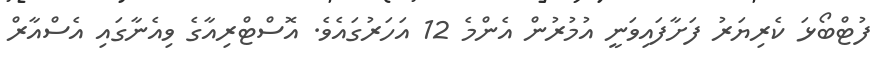
ފުޓްބޯޅަ ކެރިޔަރު ފަށާފައިވަނީ އުމުރުން އެންމެ 12 އަހަރުގައެވެ. އޮސްޓްރިއާގެ ވިއެނާގައި އެސްއާރް